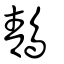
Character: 鶄